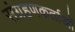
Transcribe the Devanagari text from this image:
संग्रहणकर्ताओं